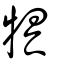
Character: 犋